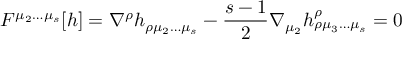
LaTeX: F ^ { \mu _ { 2 } \ldots \mu _ { s } } [ h ] = \nabla ^ { \rho } h _ { \rho \mu _ { 2 } \ldots \mu _ { s } } - { \frac { s - 1 } { 2 } } \nabla _ { \mu _ { 2 } } h _ { \rho \mu _ { 3 } \ldots \mu _ { s } } ^ { \rho } = 0